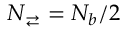
N _ { \rightleftarrows } = N _ { b } / 2